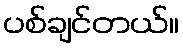
ပစ်ချင်တယ်။